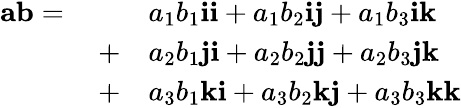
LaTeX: {\begin{array}{rl}{\mathbf{ab}=\qquad}&{a_{1}b_{1}\mathbf{ii}+a_{1}b_{2}\mathbf{ij}+a_{1}b_{3}\mathbf{ik}}\\ {+}&{a_{2}b_{1}\mathbf{ji}+a_{2}b_{2}\mathbf{jj}+a_{2}b_{3}\mathbf{jk}}\\ {+}&{a_{3}b_{1}\mathbf{ki}+a_{3}b_{2}\mathbf{kj}+a_{3}b_{3}\mathbf{kk}}\end{array}}